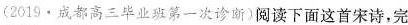
(2019·成都高三毕业班第一次诊断)阅读下面这首宋诗，完